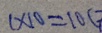
1 \times 1 0 = 1 0 (